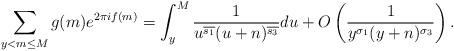
LaTeX: \begin{align*}\sum_{y < m \leq M} g(m) e^{2\pi i f(m)} = \int_y^M \frac{1}{u^{\overline{s_1}}(u+n)^{\overline{s_3}}} du+ O \left( \frac{1}{y^{\sigma_1}(y+n)^{\sigma_3}} \right).\end{align*}